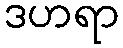
ဒဟရာ